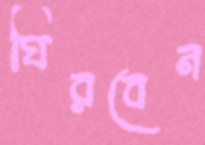
ঘিরবেন